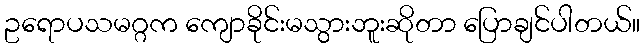
ဥရောပသမဂ္ဂက ကျောခိုင်းမသွားဘူးဆိုတာ ပြောချင်ပါတယ်။